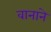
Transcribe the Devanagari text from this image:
वानाने